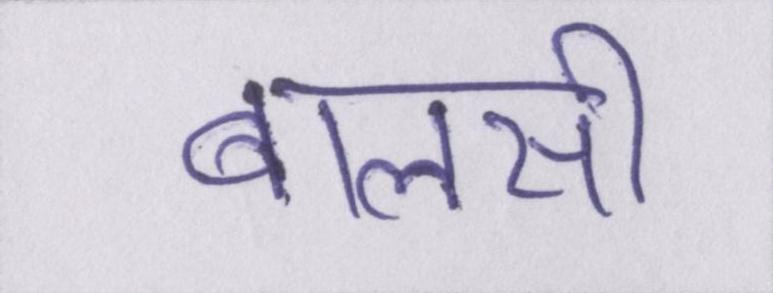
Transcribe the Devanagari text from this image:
बालसी